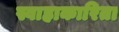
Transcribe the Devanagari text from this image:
स्वाहाकारिता